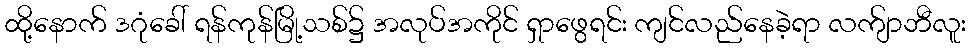
ထို့နောက် ဒဂုံခေါ် ရန်ကုန်မြို့သစ်၌ အလုပ်အကိုင် ရှာဖွေရင်း ကျင်လည်နေခဲ့ရာ လက်ျာဘီလူး